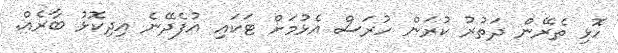
ހޮޅި ތެރޭން ދަތުރު ކުރަން ހުރަސް އެޅުމަށް ޓަކައި އުފެދޭނެ އިދިކޮޅު ބާރެއް.